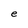
Character: e